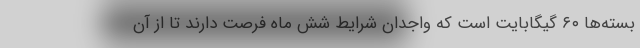
بسته‌ها ۶۰ گیگابایت است که واجدان شرایط شش ماه فرصت دارند تا از آن